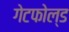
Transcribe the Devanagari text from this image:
गेटफोल्ड